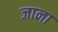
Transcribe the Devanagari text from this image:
जाना